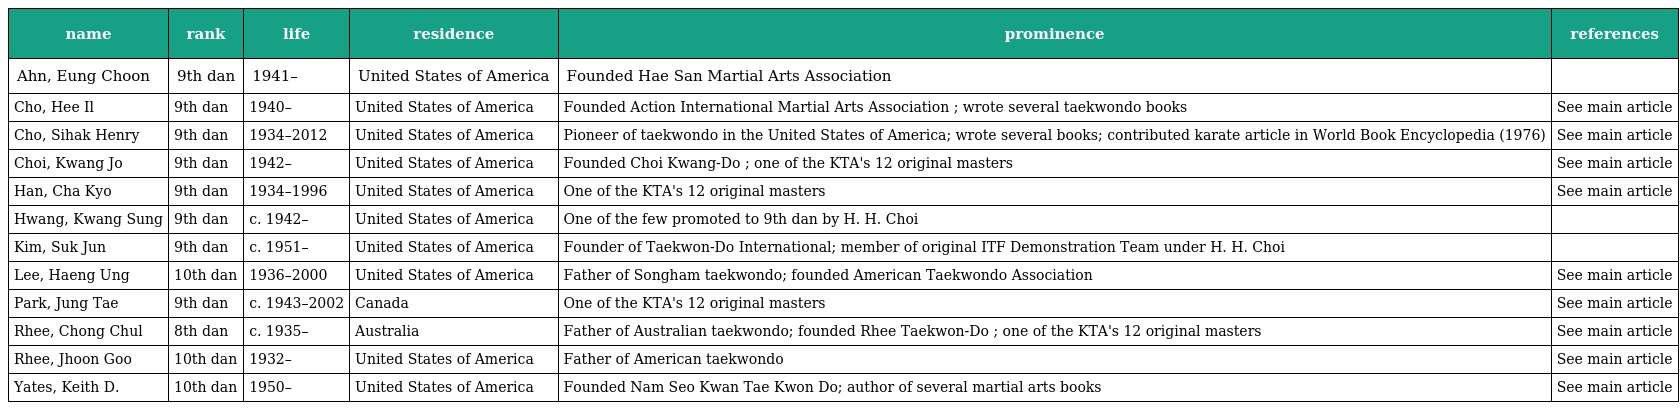
| name | rank | life | residence | prominence | references |
 | --- | --- | --- | --- | --- | --- |
 | Ahn, Eung Choon | 9th dan | 1941– | United States of America | Founded Hae San Martial Arts Association |  |
 | Cho, Hee Il | 9th dan | 1940– | United States of America | Founded Action International Martial Arts Association ; wrote several taekwondo books | See main article |
 | Cho, Sihak Henry | 9th dan | 1934–2012 | United States of America | Pioneer of taekwondo in the United States of America; wrote several books; contributed karate article in World Book Encyclopedia (1976) | See main article |
 | Choi, Kwang Jo | 9th dan | 1942– | United States of America | Founded Choi Kwang-Do ; one of the KTA's 12 original masters | See main article |
 | Han, Cha Kyo | 9th dan | 1934–1996 | United States of America | One of the KTA's 12 original masters | See main article |
 | Hwang, Kwang Sung | 9th dan | c. 1942– | United States of America | One of the few promoted to 9th dan by H. H. Choi |  |
 | Kim, Suk Jun | 9th dan | c. 1951– | United States of America | Founder of Taekwon-Do International; member of original ITF Demonstration Team under H. H. Choi |  |
 | Lee, Haeng Ung | 10th dan | 1936–2000 | United States of America | Father of Songham taekwondo; founded American Taekwondo Association | See main article |
 | Park, Jung Tae | 9th dan | c. 1943–2002 | Canada | One of the KTA's 12 original masters | See main article |
 | Rhee, Chong Chul | 8th dan | c. 1935– | Australia | Father of Australian taekwondo; founded Rhee Taekwon-Do ; one of the KTA's 12 original masters | See main article |
 | Rhee, Jhoon Goo | 10th dan | 1932– | United States of America | Father of American taekwondo | See main article |
 | Yates, Keith D. | 10th dan | 1950– | United States of America | Founded Nam Seo Kwan Tae Kwon Do; author of several martial arts books | See main article |